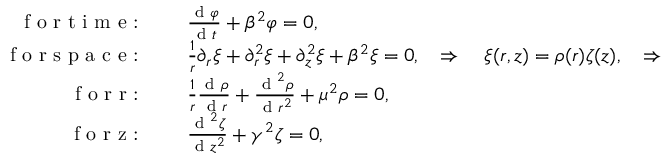
\begin{array} { r l } { \textrm { f o r t i m e : } \quad } & { \frac { \textrm { d } \varphi } { \textrm { d } t } + \beta ^ { 2 } \varphi = 0 , } \\ { \textrm { f o r s p a c e : } \quad } & { \frac { 1 } { r } \partial _ { r } \xi + \partial _ { r } ^ { 2 } \xi + \partial _ { z } ^ { 2 } \xi + \beta ^ { 2 } \xi = 0 , \quad \Rightarrow \quad \xi ( r , z ) = \rho ( r ) \zeta ( z ) , \quad \Rightarrow } \\ { \textrm { f o r r : } \quad } & { \frac { 1 } { r } \frac { \textrm { d } \rho } { \textrm { d } r } + \frac { \textrm { d } ^ { 2 } \rho } { \textrm { d } r ^ { 2 } } + \mu ^ { 2 } \rho = 0 , } \\ { \textrm { f o r z : } \quad } & { \frac { \textrm { d } ^ { 2 } \zeta } { \textrm { d } z ^ { 2 } } + \gamma ^ { 2 } \zeta = 0 , } \end{array}